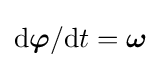
\mathrm {d} {\boldsymbol {\varphi }}/\mathrm {d} t={\boldsymbol {\omega }}